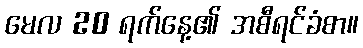
မေလ 20 ရက်နေ့၏ အစီရင်ခံစာ။